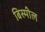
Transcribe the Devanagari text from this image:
बिस्मील